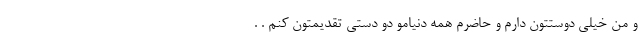
و من خیلی دوستتون دارم و حاضرم همه دنیامو دو دستی تقدیمتون کنم . .